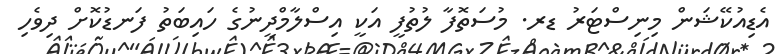
އެޑިއުކޭޝަން މިނިސްޓަރު ޑރ. މުސަތޮފާ ލުތުފީ އަކީ އިސްލާމްދީނުގެ ހައިބަތު ފަނޑުކޮށް ދިވެހި